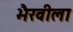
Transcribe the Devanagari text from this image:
भैरवीला